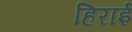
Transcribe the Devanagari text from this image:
हिराई